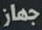
جهاز